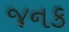
જનક